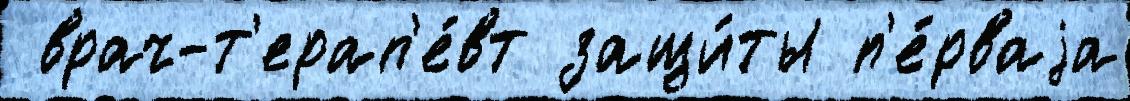
 врач-т'ерап'е́вт защи́ты п'е́рваjа